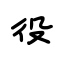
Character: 役